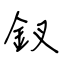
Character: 釵